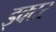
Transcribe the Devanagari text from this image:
ड्क्टर